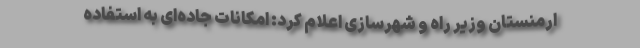
ارمنستان وزیر راه و شهرسازی اعلام کرد: امکانات جاده‌ای به استفاده